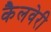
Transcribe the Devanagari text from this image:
कैलवेरी